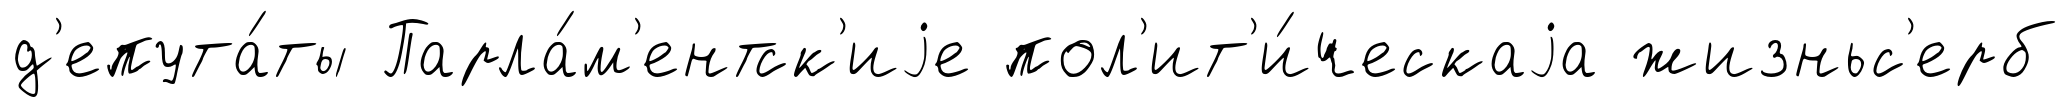
д'епута́ты Парла́м'ентск'иjе пол'ит'и́ческаjа жизньс'ерб